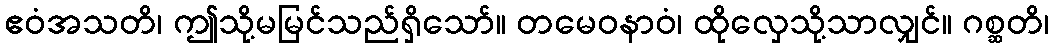
ဧဝံအသတိ၊ ဤသို့မမြင်သည်ရှိသော်။ တမေဝနာဝံ၊ ထိုလှေသို့သာလျှင်။ ဂစ္ဆတိ၊